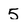
Character: 5